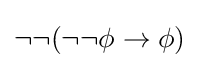
\neg \neg (\neg \neg \phi \to \phi )